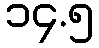
၁၄.၅